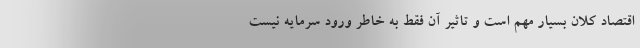
اقتصاد کلان بسیار مهم است و تاثیر آن فقط به خاطر ورود سرمایه نیست